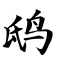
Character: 鸱